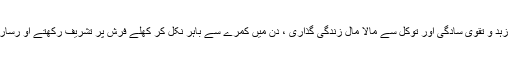
لباس کو بغیر استری کئے ہوئے پسند فرماتے ، قمیص میں جیب نہیں ہوتی تھی ، زہد و تقویٰ سادگی اور توکل سے مالا مال زندگی گذاری ، دن میں کمرے سے باہر نکل کر کھلے فرش پر تشریف رکھتے او رسارا دن فقراء مہما نوں سے صحبت فرماتے اور طالب المولیٰ کو واصل باللہ کرتے ۔